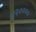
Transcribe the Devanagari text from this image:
४२००००